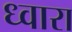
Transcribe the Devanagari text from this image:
ध्वारा